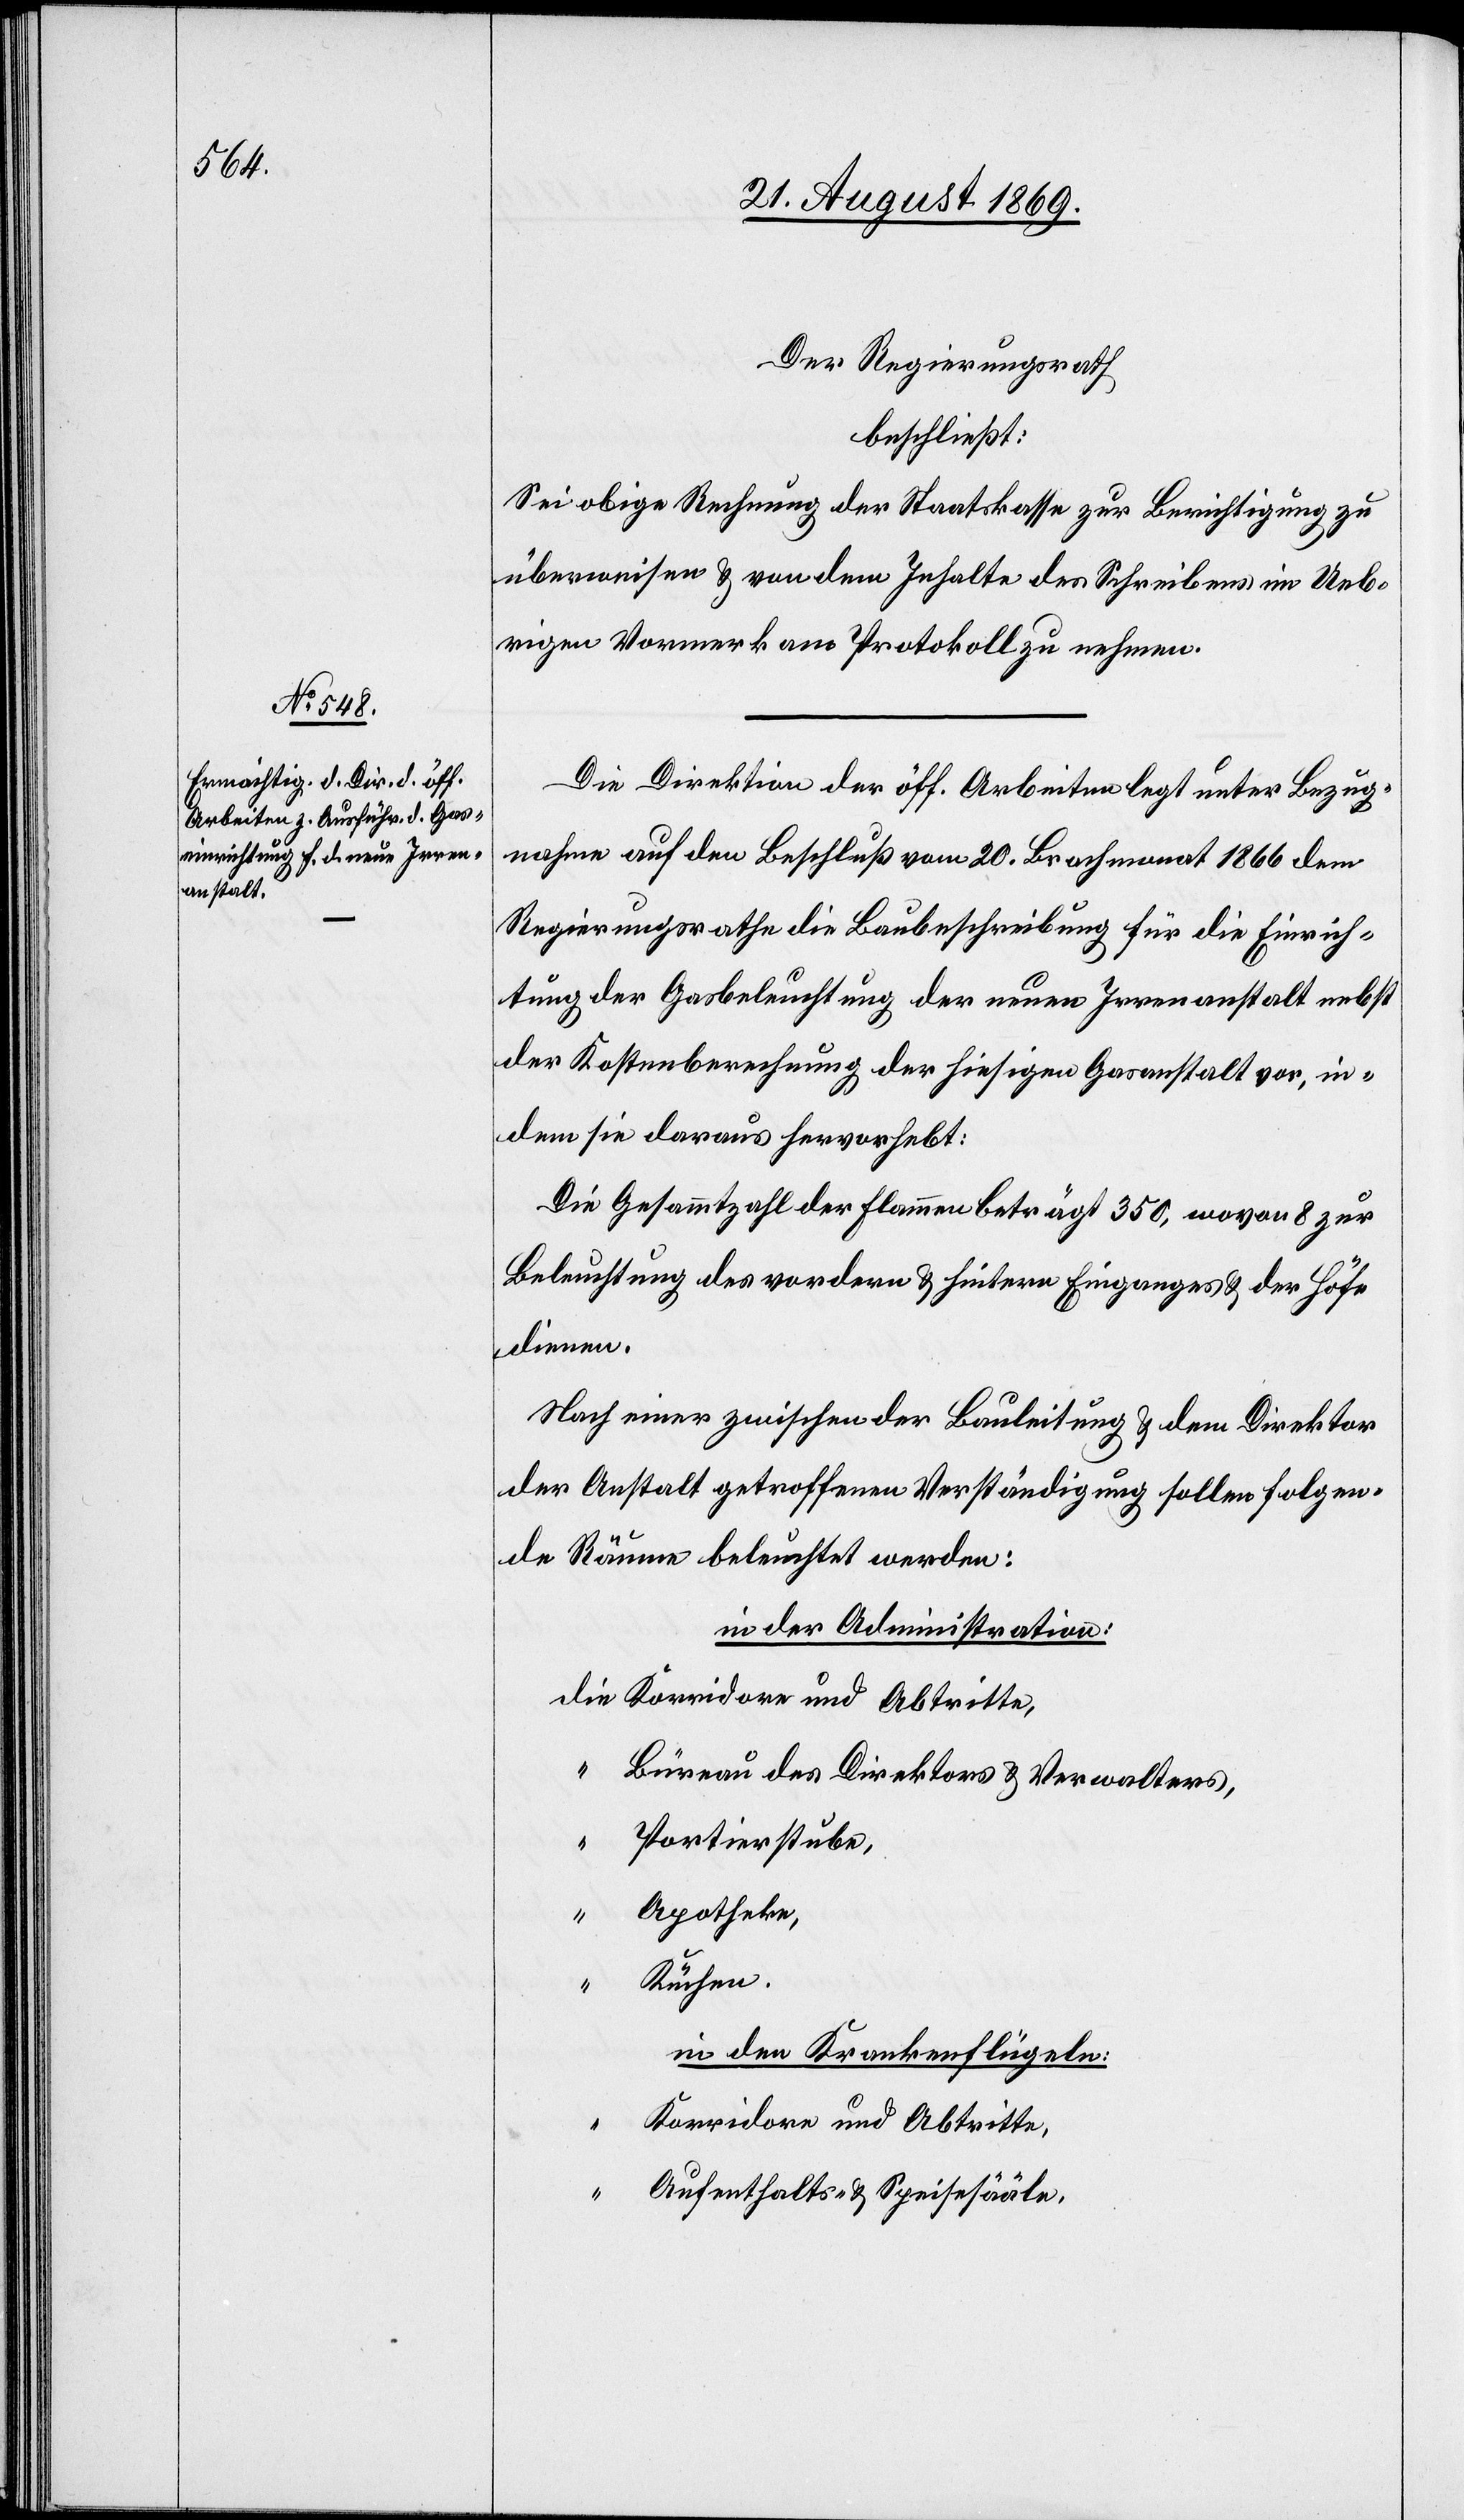
Der Regierungsrath
beschließt:
Sei obige Rechnung der Staatskasse zur Berichtigung zu
überweisen & von dem Inhalte des Schreibens im Ueb¬
rigen Vormerk am Protokoll zu nehmen.
Die Direktion der öff. Arbeiten legt unter Bezug¬
nahme auf den Beschluß vom 20. Brachmonat 1866 dem
Regierungsrathe die Baubeschreibung für die Einrich¬
tung der Gasbeleuchtung der neuen Irrenanstalt nebst
der Kostenberechnung der hiesigen Gasanstalt vor, in¬
dem sie daraus hervorhebt:
Die Gesammtzahl der Flammen beträgt 350, wovon 8 zur
Beleuchtung des vordern & hintern Einganges & der Höfe
dienen.
Nach einer zwischen der Bauleitung & dem Direktor
der Anstalt getroffenen Verständigung sollen folgen¬
de Räume beleuchtet werden:
in der Administration:
Büreau des Direktors & Verwalters,
Portierstube,
Apotheke,
Küchen.
in den Krankenflügeln:
Korridore und Abtritte,
“
Aufenthalts- & Speisesääle,